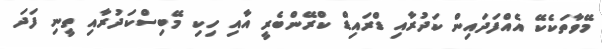
މޭވާތަކެކޭ އެއްފަދައިން ކަދުރާއި ޑްރައިޑް ކްރޭންބެރީ އާއި ހިކި މޭބިސްކަދުރާއި ތީނި ފަދަ